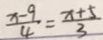
\frac { x - 9 } { 4 } = \frac { x + 5 } { 3 }